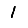
Digit: 1